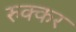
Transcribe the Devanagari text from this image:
रुक्कर